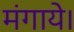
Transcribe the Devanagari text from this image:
मंगाये।